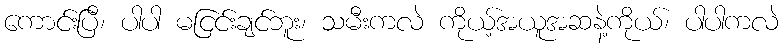
ကောင်းပြီ၊ ပါပါ မငြင်းချင်ဘူး၊ သမီးကလဲ ကိုယ့်အယူအဆနဲ့ကိုယ်၊ ပါပါကလဲ